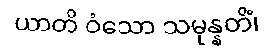
ယာတိ ဝံသော သမုန္နတိံ၊